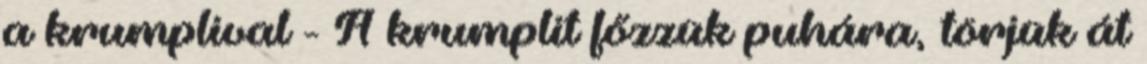
a krumplival - A krumplit főzzük puhára, törjük át